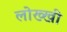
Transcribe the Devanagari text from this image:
लोख्खी